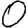
Digit: 0